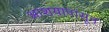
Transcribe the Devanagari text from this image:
आशयापासून